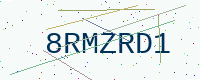
Text: 8RMZRD1